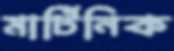
মার্টিনিক